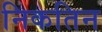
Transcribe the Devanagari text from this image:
निकतिन